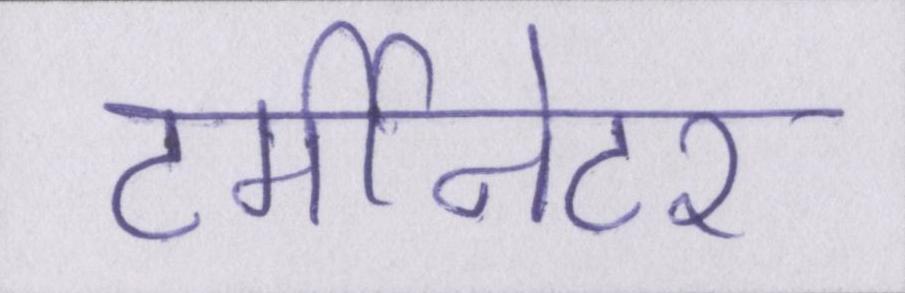
टर्मीनेटर